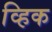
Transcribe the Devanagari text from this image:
व्हिक